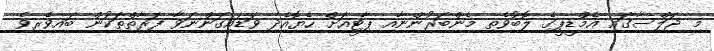
މި ޖަލްސާގައި އެމްޑީޕީގެ ލޮބުވެތި މެންބަރުންނާއި ޕާޓީއަށް ހެޔޮއެދި ވަޑައިގަންނަވާ ފަރާތްތަކުން ބައިވެރިވެ